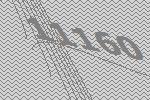
11160